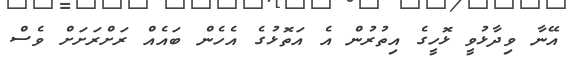
އޭނާ ވިދާޅުވީ ޅޮހީގެ އިތުރުން އެ އަތޮޅުގެ އެހެން ބައެއް ރަށްރަށަށް ވެސް